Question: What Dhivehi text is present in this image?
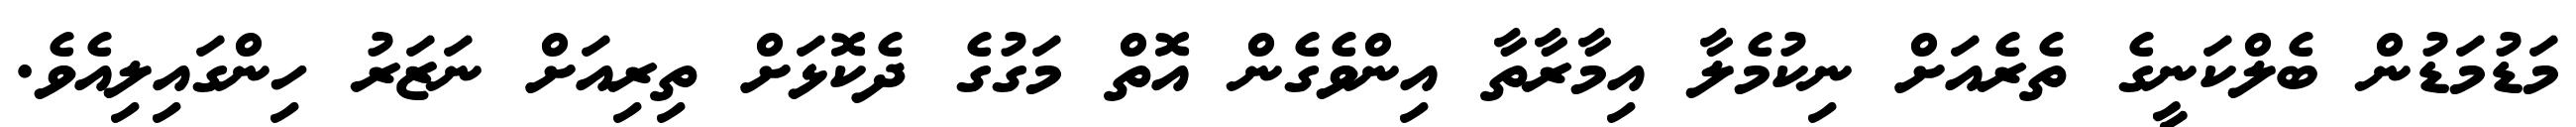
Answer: މަޑުމަޑުން ބެލްކަނީގެ ތެރެއަށް ނިކުމެލާ އިމާރާތާ އިންވެގެން އޮތް މަގުގެ ދެކޮޅަށް ތިރިއަށް ނަޒަރު ހިންގައިލިއެވެ.